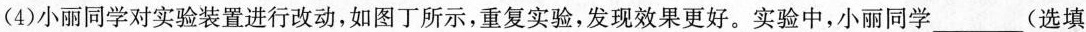
(4)小丽同学对实验装置进行改动，如图丁所示，重复实验，发现效果更好。实验中，小丽同学___(选填